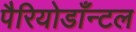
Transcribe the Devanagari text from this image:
पैरियोडाँन्टल